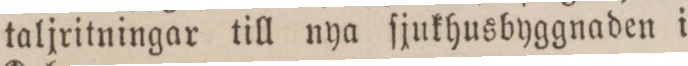
taljritningar till nya ſjukhusbyggnaden i